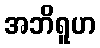
အဘိရူဟ